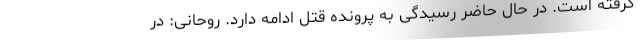
گرفته است. در حال حاضر رسیدگی به پرونده قتل ادامه دارد. روحانی: در